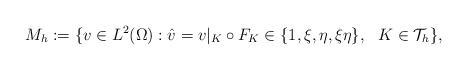
LaTeX: \begin{align*}M_{h}:=\{ v\in L^2(\Omega): \hat{v}=v|_{K}\circ F_{K} \in \{1,\xi,\eta,\xi\eta\} ,\ \ K\in \mathcal{T}_{h}\},\end{align*}